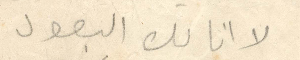
لا انا لك البعول